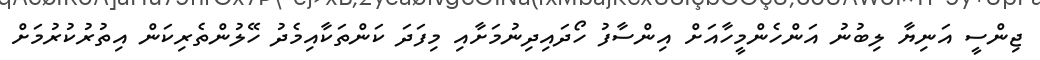
ޖިންސީ އަނިޔާ ލިބުނު އަންހެންމީހާއަށް އިންސާފު ހޯދައިދިނުމަށާއި މިފަދަ ކަންތަކާއިމެދު ހޭލުންތެރިކަން އިތުރުކުރުމަށް